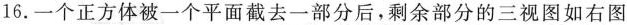
16.一个正方体被一个平面截去一部分后，剩余部分的三视图如右图